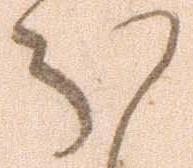
ほ